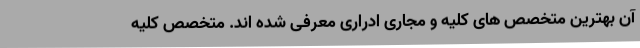
آن بهترین متخصص های کلیه و مجاری ادراری معرفی شده اند. متخصص کلیه